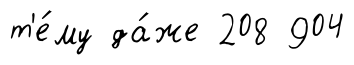
т'е́му да́же 208 904